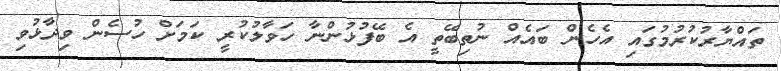
ތައްޔާރުކުރުމުގައި އެހެން ބައެއް ނުތިބޭތީ އެ ބޭފުޅުންނާ ހަވާލުކުރީ ކަމަށް ހުސެން ވިދާޅުވި